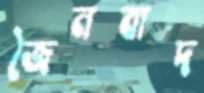
জৈনবাদ